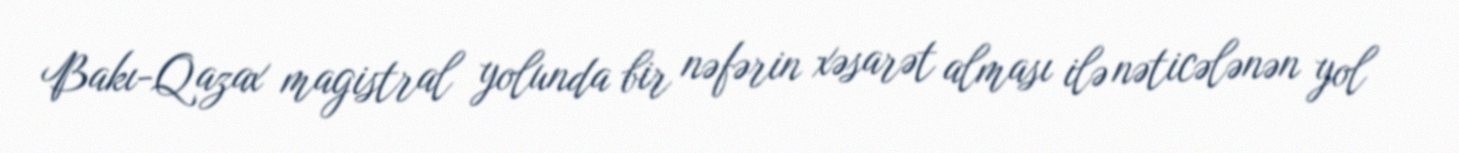
Bakı-Qazax magistral yolunda bir nəfərin xəsarət alması ilə nəticələnən yol